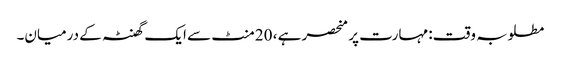
مطلوبہ وقت: مہارت پر منحصر ہے ، 20 منٹ سے ایک گھنٹہ کے درمیان۔